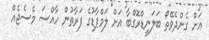
އަށް ގެންދެވޭތޯ ބަލަނީޑްރޮގްބާ އަށް ލަމްޕާޑުގެ ފަރާތުން ހާއްސަ މެސެޖެއް